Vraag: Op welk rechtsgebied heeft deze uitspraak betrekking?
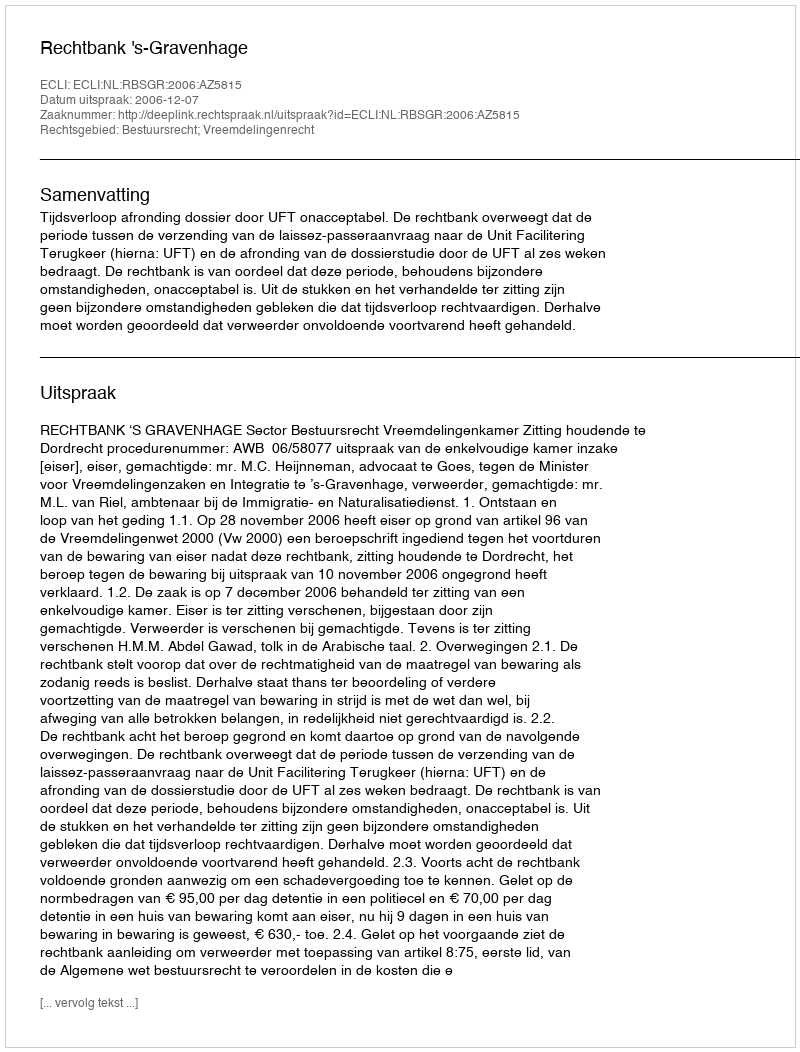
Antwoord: Bestuursrecht; Vreemdelingenrecht